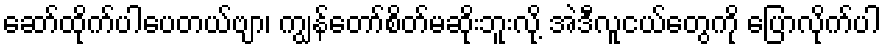
ဆော်ထိုက်ပါပေတယ်ဗျာ၊ ကျွန်တော်စိတ်မဆိုးဘူးလို့ အဲဒီလူငယ်တွေကို ပြောလိုက်ပါ